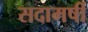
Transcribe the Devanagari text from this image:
सदामर्षी